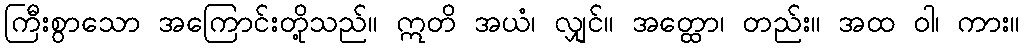
ကြီးစွာသော အကြောင်းတို့သည်။ ဣတိ အယံ၊ လျှင်။ အတ္ထော၊ တည်း။ အထ ဝါ၊ ကား။